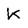
Character: K